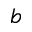
^ { b }